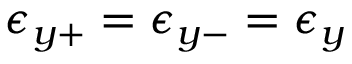
\epsilon _ { y + } = \epsilon _ { y - } = \epsilon _ { y }